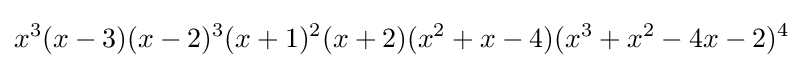
x^{3}(x-3)(x-2)^{3}(x+1)^{2}(x+2)(x^{2}+x-4)(x^{3}+x^{2}-4x-2)^{4}